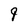
Character: 9